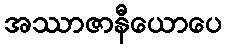
အဿာဇာနီယောပေ